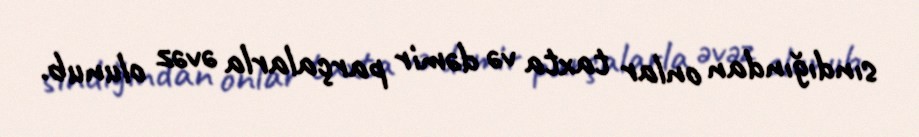
sındığından onlar taxta və dəmir parçalarla əvəz olunub.